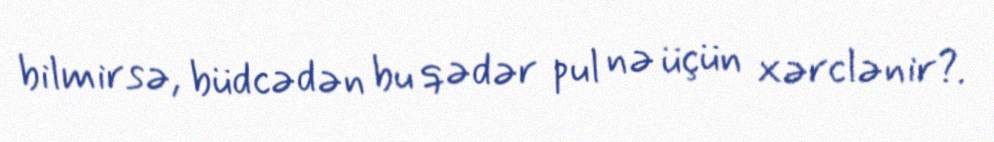
bilmirsə, büdcədən bu qədər pul nə üçün xərclənir?.